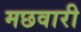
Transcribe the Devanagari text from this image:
मछवारी